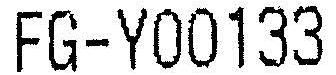
FG-Y00133